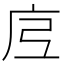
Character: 𭙗